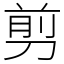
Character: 剪